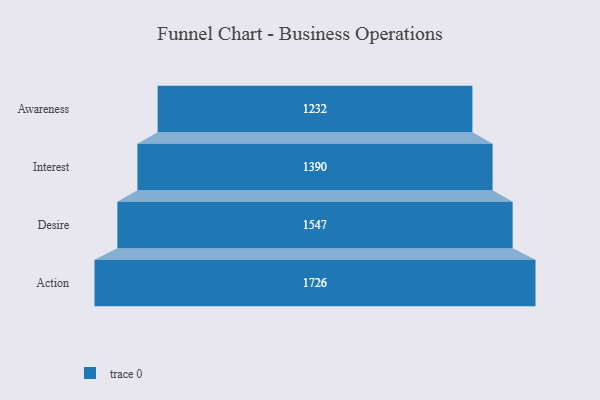
{"axis": {"x": "Stage", "y": "Value"}, "legend": [""], "data": [{"x": "Awareness", "y": 1232.0, "type": ""}, {"x": "Interest", "y": 1390.0, "type": ""}, {"x": "Desire", "y": 1547.0, "type": ""}, {"x": "Action", "y": 1726.0, "type": ""}]}